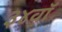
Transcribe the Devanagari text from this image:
३४वॉ